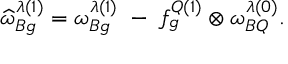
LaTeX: \widehat { \omega } _ { B g } ^ { \lambda ( 1 ) } = \omega _ { B g } ^ { \lambda ( 1 ) } \; - \; f _ { g } ^ { Q ( 1 ) } \otimes \omega _ { B Q } ^ { \lambda ( 0 ) } .